Eesti_Ajutise_Maavalitsuse_haridusosakond, lk 3
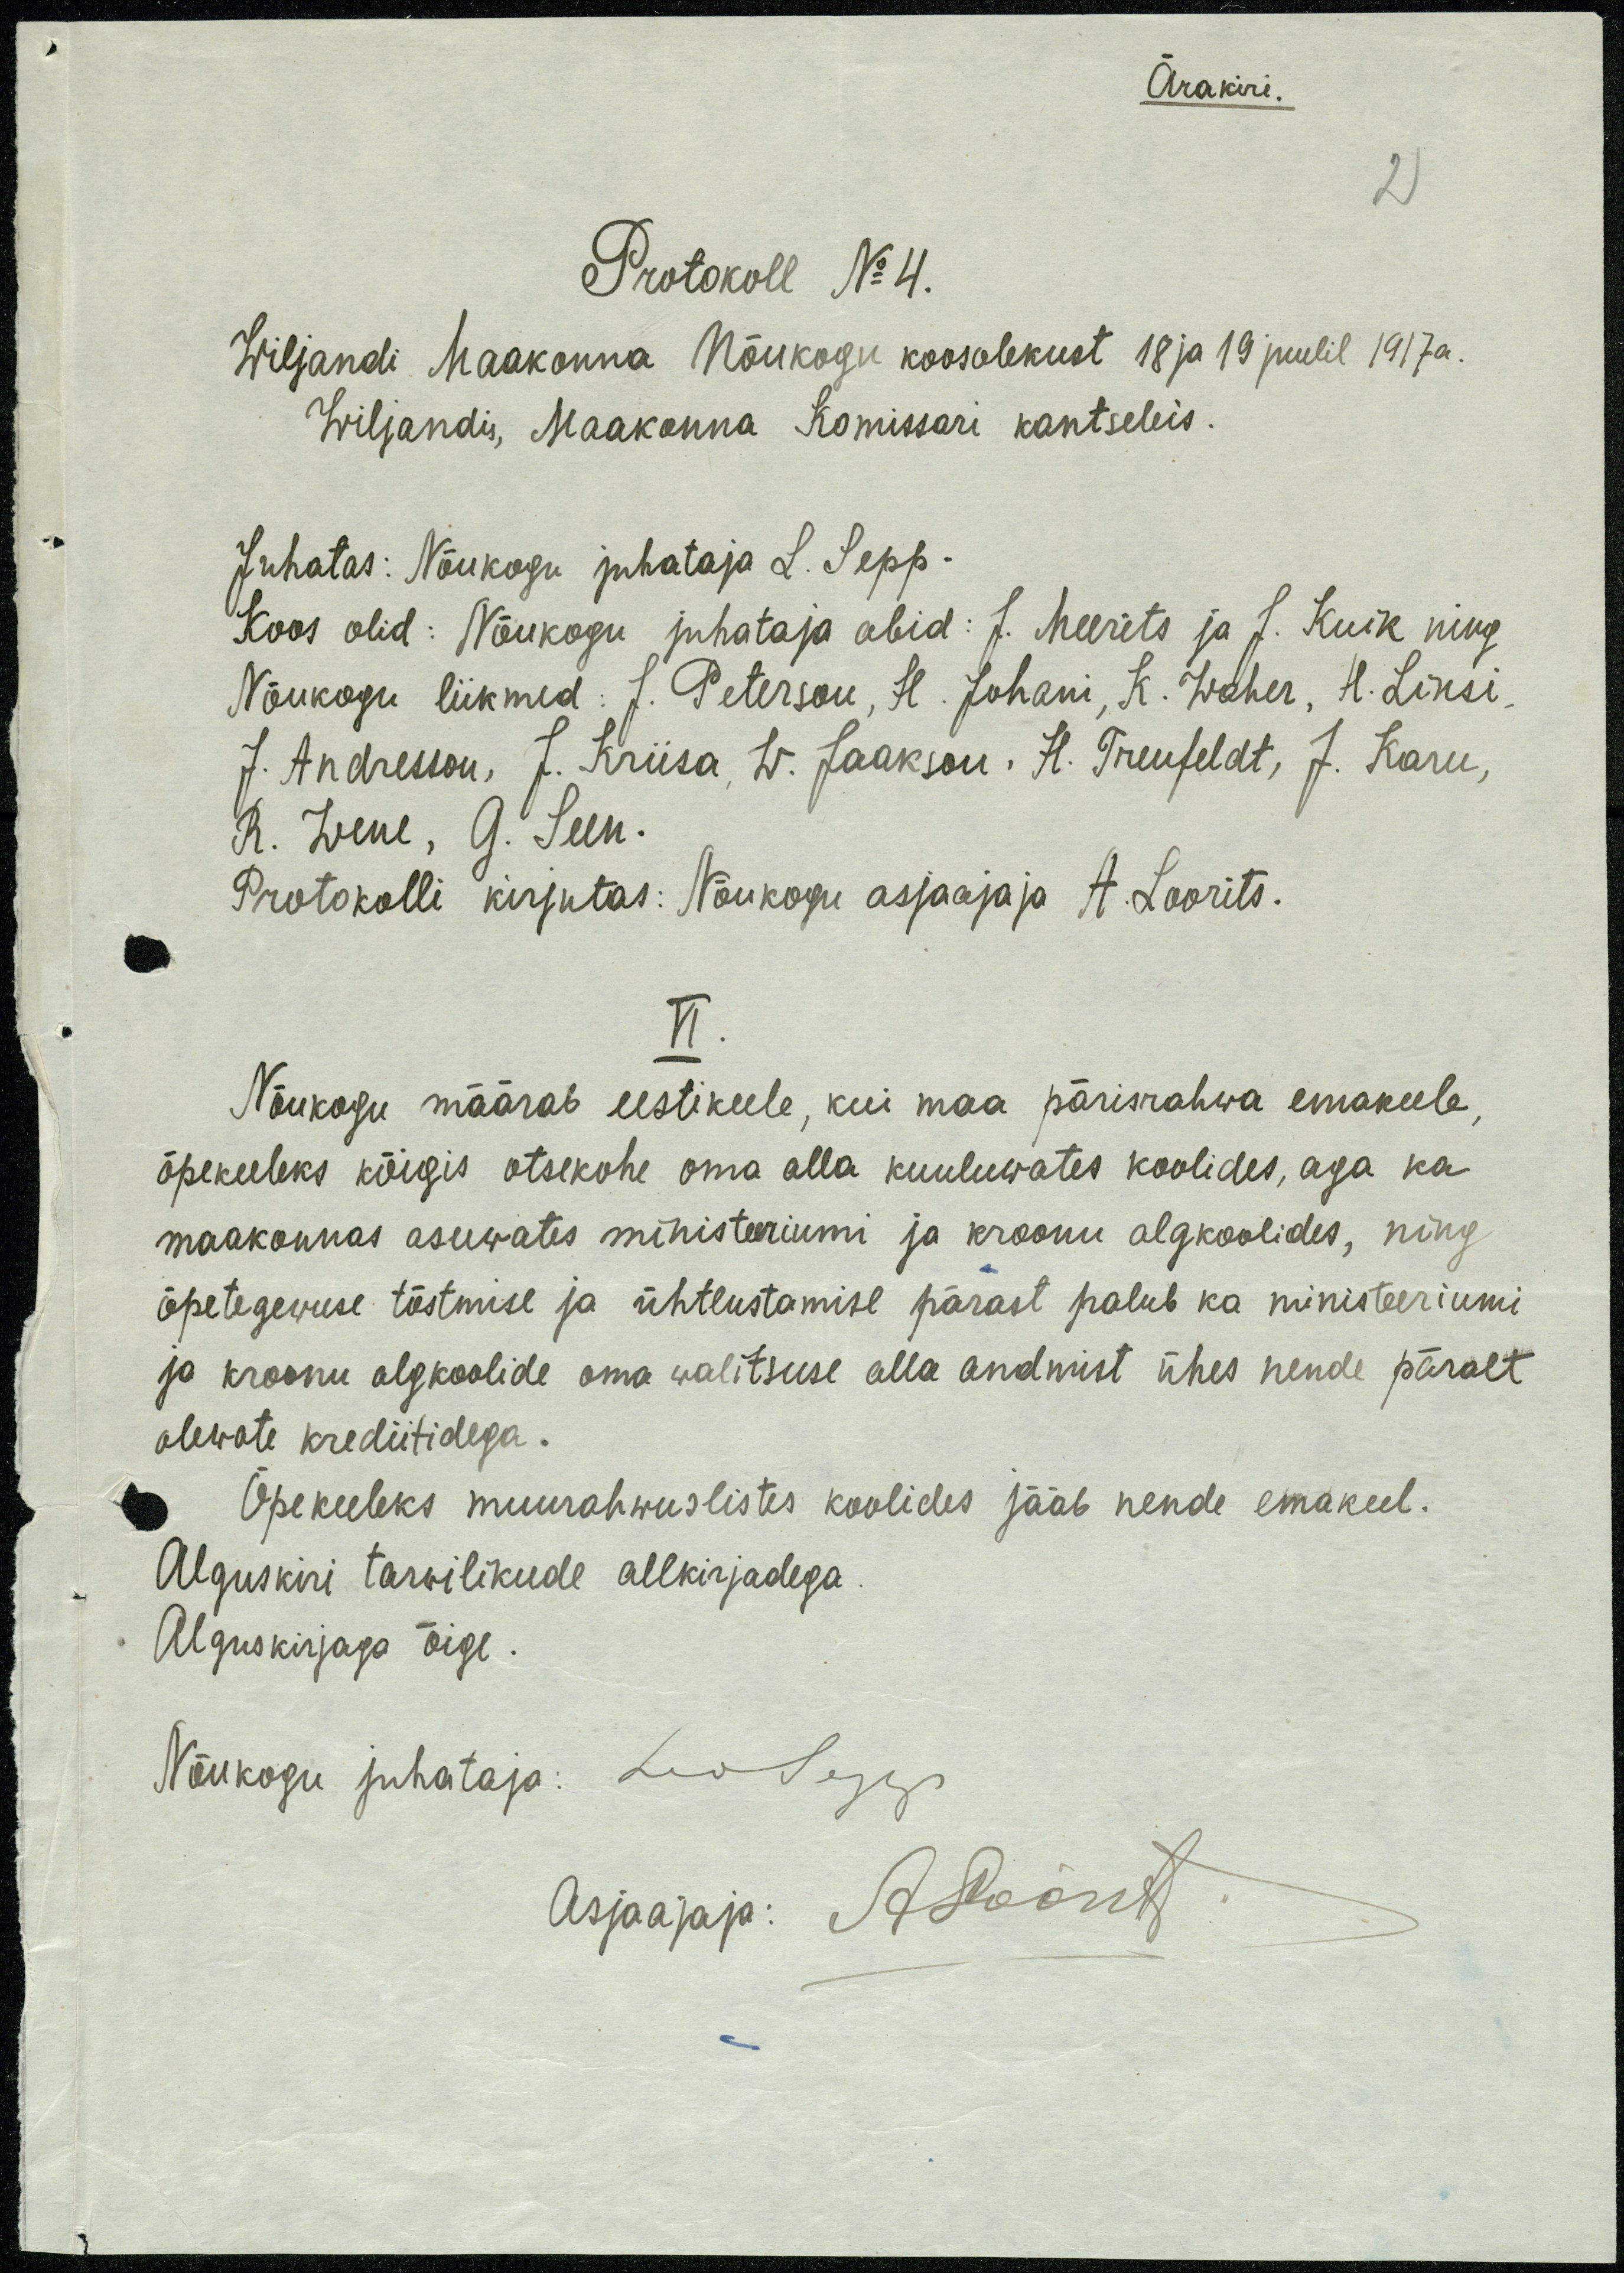
Ärakiri.
2
Protokoll No 4.
Wiljandi Maakonna Nõukogu koosolekust 18 ja 19 juulil 1917 a.
Wiljandis, Maakonna Komissari kantseleis.
Juhatas: Nõukogu juhataja L. Sepp.
Koos olid: Nõukogu juhataja abid: J. Meerits ja J. Kuik ning
Nõukogu liikmed: J. Peterson, H. Johani, K. Waher, A. Linsi,
J. Andresson, J. Kriisa, W. Jaakson, H. Treufeldt, J. Karu,
R. Wene, G. Seen.
Protokolli kirjutas: Nõukogu asjaajaja A. Loorits.
VI.
Nõukogu määrab eestikeele, kui maa pärisrahwa emakeele
õpekeeleks kõigis otsekohe oma alla kuuluwates koolides, aga ka
maakonnas asuwates ministeeriumi ja kroonu algkoolides, ning
õpetegewuse tõstmise ja ühtlustamise pärast palub ka ministeeriumi
ja kroonu algkoolide oma walitsuse alla andmist ühes nende päralt
olewate krediitidega.
Õpekeeleks muurahwuslistes koolides jääb nende emakeel.
Alguskiri tarwilikude allkirjadega.
Alguskirjaga õige:
Nõukogu juhataja: Leo Sepp
Asjaajaja: A Loorits